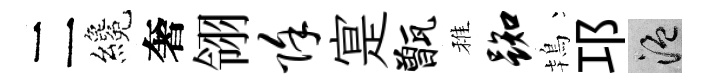
二纔奢翎除寔甑稚踟鴇邛温